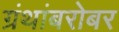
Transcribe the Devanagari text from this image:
ग्रंथांबरोबर